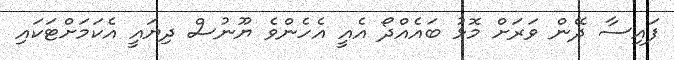
ފައިސާ ދޭން ވަރަށް މޮޅު ބައެއްދޯ އެއީ އެހެންވެ ޔޫނުސް ދިޔައީ އެކަމަށްޓަކައި